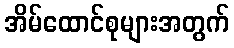
အိမ်ထောင်စုများအတွက်